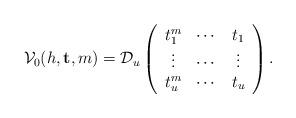
LaTeX: \begin{align*}\mathcal V_0(h, \mathbf t, m)=\mathcal D_{u}\left (\begin{array}{ccc} t_1^{m} & \cdots & t_1\\\vdots &\cdots & \vdots\\t_{u}^{m} & \cdots & t_{u}\end{array}\right).\end{align*}